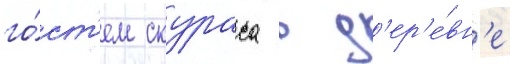
го́ст'ем скураса в д'ер'е́вн'е